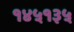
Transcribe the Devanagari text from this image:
१४५१३५